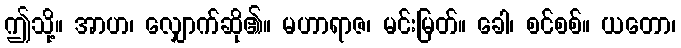
ဤသို့။ အာဟ၊ လျှောက်ဆို၏။ မဟာရာဇ၊ မင်းမြတ်။ ခေါ၊ စင်စစ်။ ယတော၊